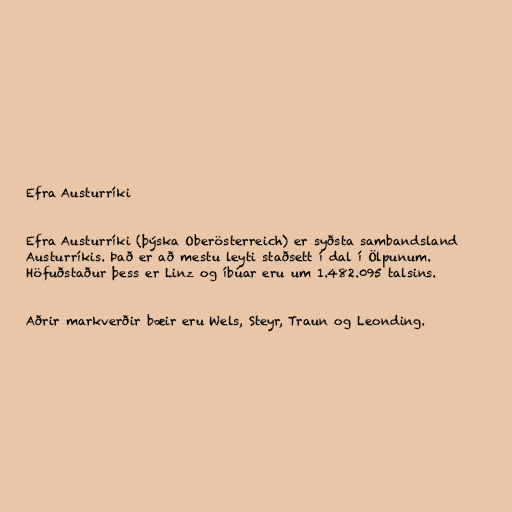
Efra Austurríki

Efra Austurríki (þýska Oberösterreich) er syðsta sambandsland
Austurríkis. Það er að mestu leyti staðsett í dal í Ölpunum.
Höfuðstaður þess er Linz og íbúar eru um 1.482.095 talsins.

Aðrir markverðir bæir eru Wels, Steyr, Traun og Leonding.